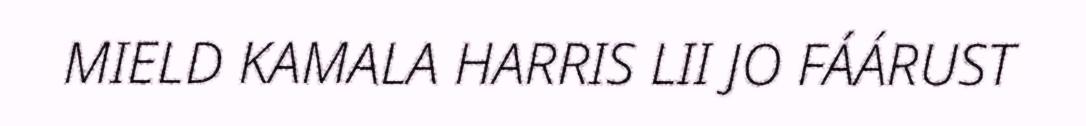
MIELD KAMALA HARRIS LII JO FÁÁRUST